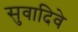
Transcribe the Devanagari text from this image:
सुवादिवे